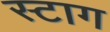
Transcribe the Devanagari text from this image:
स्टाग